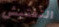
التفتيش